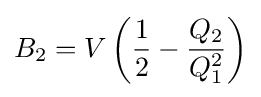
B_{2}=V\left({\frac {1}{2}}-{\frac {Q_{2}}{Q_{1}^{2}}}\right)